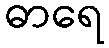
ဓာရေ